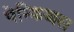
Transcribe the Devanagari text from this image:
पेन्क्रिअस